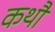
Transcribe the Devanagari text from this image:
कथौ